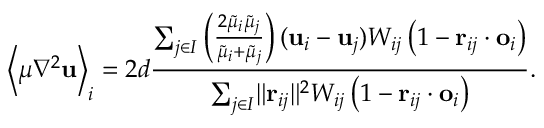
\left< \mu \nabla ^ { 2 } \mathbf { u } \right> _ { i } = 2 d \frac { \sum _ { j \in I } \left( \frac { 2 \widetilde { \mu } _ { i } \widetilde { \mu } _ { j } } { \widetilde { \mu } _ { i } + \widetilde { \mu } _ { j } } \right) ( \mathbf { u } _ { i } - \mathbf { u } _ { j } ) W _ { i j } \left( 1 - \mathbf { r } _ { i j } \cdot \mathbf { o } _ { i } \right) } { \sum _ { j \in I } \lVert \mathbf { r } _ { i j } \rVert ^ { 2 } W _ { i j } \left( 1 - \mathbf { r } _ { i j } \cdot \mathbf { o } _ { i } \right) } .